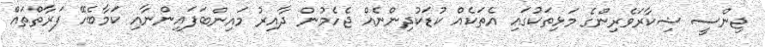
ޖިންސީ ޝިކާރަވެރިންގެ މަޅިތަކުގައި އެތަކެއް ކުޑަކުދިންނެއް ޖެހެމުން ދާއިރު މައިންބަފައިންނާއި ކަމާބެހޭ ފަރާތްތައް